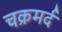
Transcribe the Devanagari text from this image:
चक्रमर्द